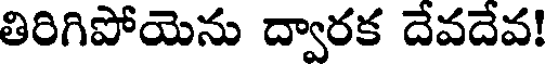
తిరిగిపోయెను ద్వారక దేవదేవ!